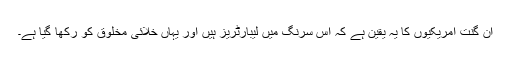
اَن گنت امریکیوں کا یہ یقین ہے کہ اس سرنگ میں لیبارٹریز ہیں اور یہاں خلائی مخلوق کو رکھا گیا ہے۔